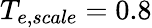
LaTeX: T_{e,scale}=0.8